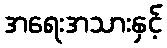
အရေးအသားနှင့်